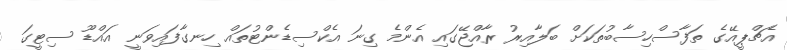
އެޗްޕީއޭގެ ތަފާސްހިސާބުތަކަށް ބަލާއިރު ރާއްޖޭގައި އެންމެ ގިނަ އެކްސިޑެންޓުތައް ހިނގާފައިވަނީ އައްޑޫ ސިޓީގަ